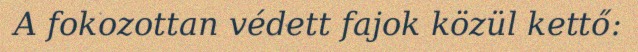
A fokozottan védett fajok közül kettő: